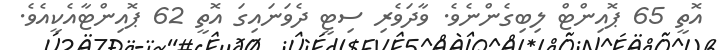
އޮތީ 65 ޕޮއިންޓް ލިބިގެންނެވެ. ވާދަވެރި ސިޓީ ދެވަނައިގަ އޮތީ 62 ޕޮއިންޓާއެކީއެވެ.